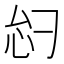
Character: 𫹸